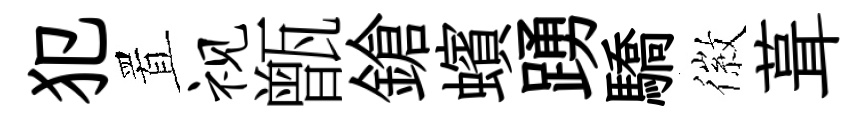
犯置视甑鎗蠙踴驕徽葺